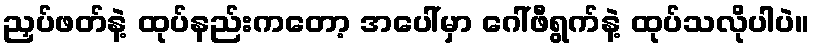
ညှပ်ဖတ်နဲ့ ထုပ်နည်းကတော့ အပေါ်မှာ ဂေါ်ဖီရွက်နဲ့ ထုပ်သလိုပါပဲ။